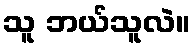
သူ ဘယ်သူလဲ။